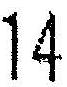
14